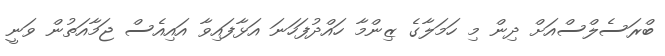
ބްރަސެލްސްއަށް ދިން މި ހަމަލާގެ ޒިންމާ ހައްދުފަހަނަ އަޅާފައިވާ އައިއެސް ޖަމާއަތުން ވަނީ